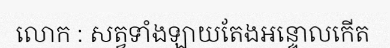
លោក : សត្វទាំងឡាយតែងអន្ទោលកើត